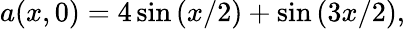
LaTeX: a(x,0)=4\sin\left(x/2\right)+\sin\left(3x/2\right),